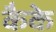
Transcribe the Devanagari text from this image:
कैके